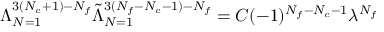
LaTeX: \Lambda _ { N = 1 } ^ { 3 ( N _ { c } + 1 ) - N _ { f } } \tilde { \Lambda } _ { N = 1 } ^ { 3 ( N _ { f } - N _ { c } - 1 ) - N _ { f } } = C ( - 1 ) ^ { N _ { f } - N _ { c } - 1 } \lambda ^ { N _ { f } }